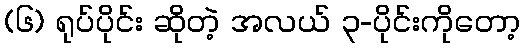
(၆) ရုပ်ပိုင်း ဆိုတဲ့ အလယ် ၃-ပိုင်းကိုတော့